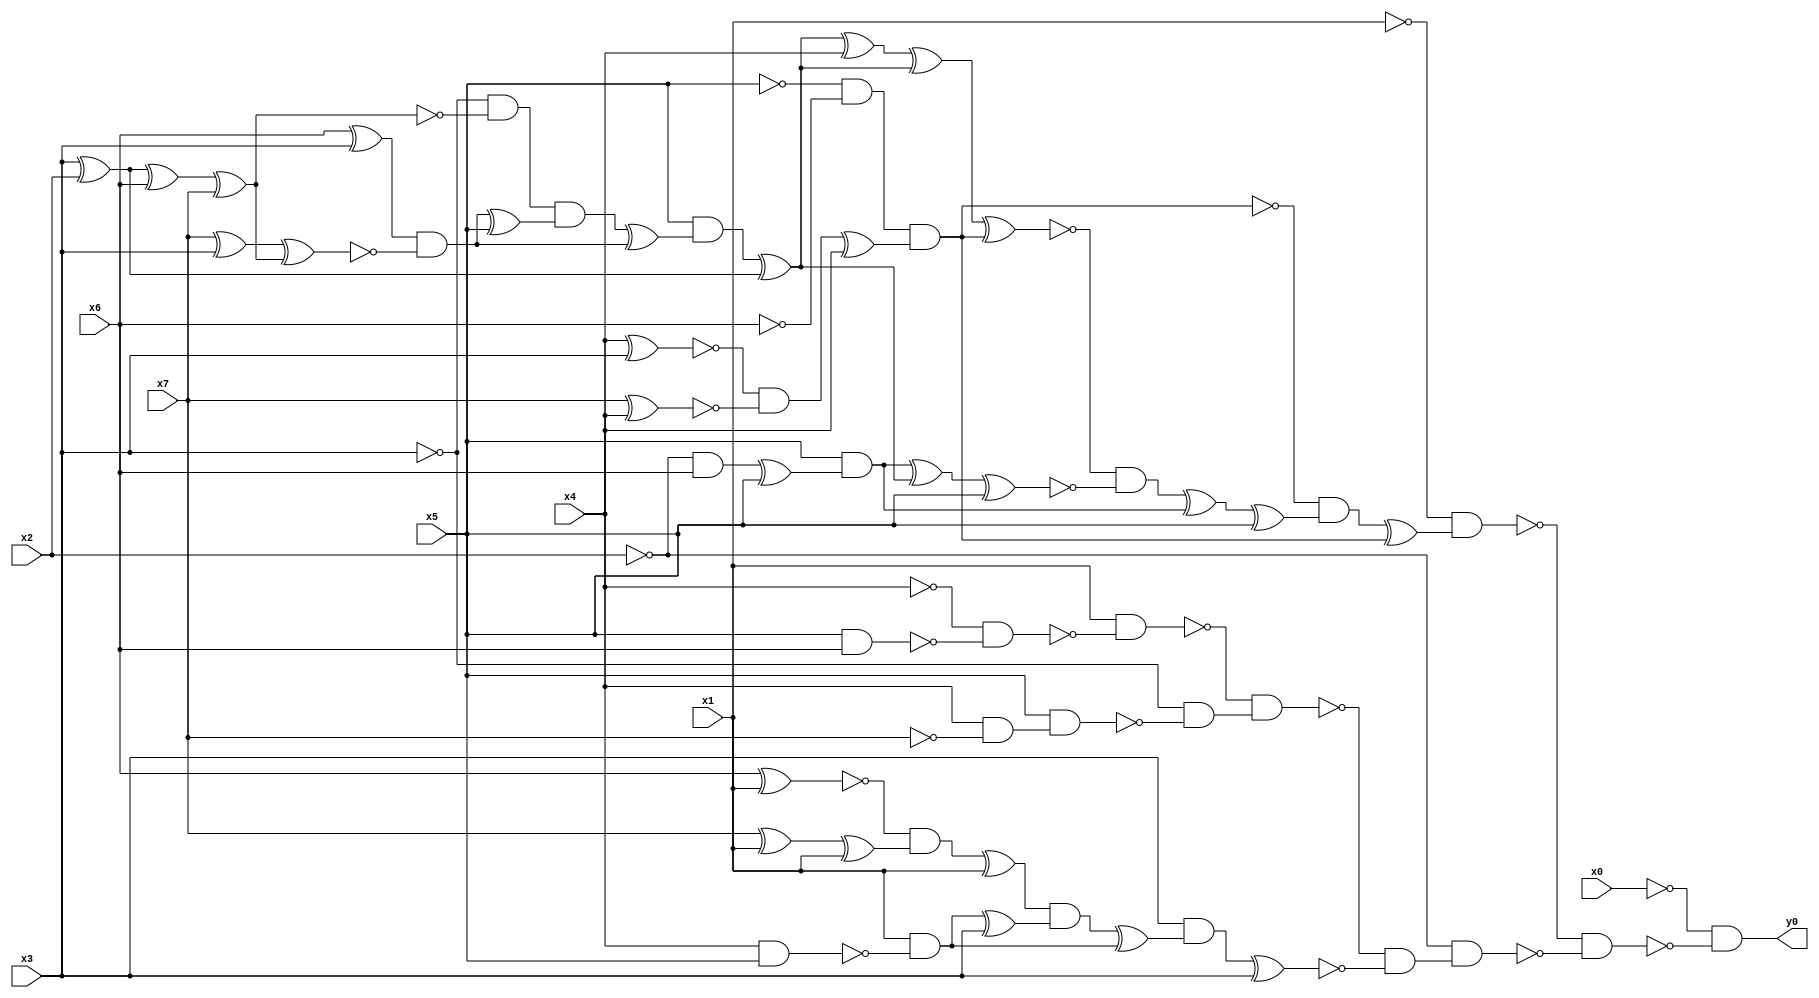
module top( x0 , x1 , x2 , x3 , x4 , x5 , x6 , x7 , y0 );
  input x0 , x1 , x2 , x3 , x4 , x5 , x6 , x7 ;
  output y0 ;
  wire n9 , n10 , n11 , n12 , n13 , n14 , n15 , n16 , n17 , n18 , n19 , n20 , n21 , n22 , n23 , n24 , n25 , n26 , n27 , n28 , n29 , n30 , n31 , n32 , n33 , n34 , n35 , n36 , n37 , n38 , n39 , n40 , n41 , n42 , n43 , n44 , n45 , n46 , n47 , n48 , n49 , n50 , n51 , n52 , n53 , n54 , n55 , n56 , n57 , n58 , n59 , n60 , n61 , n62 , n63 , n64 ;
  assign n9 = ~x5 & ~x6 ;
  assign n10 = x4 ^ x3 ;
  assign n11 = x7 ^ x4 ;
  assign n12 = ~n10 & ~n11 ;
  assign n13 = n12 ^ x4 ;
  assign n14 = n9 & n13 ;
  assign n15 = x3 ^ x2 ;
  assign n16 = n15 ^ x6 ;
  assign n17 = n16 ^ x7 ;
  assign n18 = ~x3 & ~n17 ;
  assign n19 = x6 ^ x3 ;
  assign n20 = x7 ^ x3 ;
  assign n21 = n20 ^ n17 ;
  assign n22 = n19 & ~n21 ;
  assign n23 = n22 ^ x5 ;
  assign n24 = n18 & n23 ;
  assign n25 = n24 ^ n22 ;
  assign n26 = x5 & n25 ;
  assign n27 = n26 ^ n15 ;
  assign n28 = n27 ^ x4 ;
  assign n29 = n28 ^ n27 ;
  assign n30 = n29 ^ n14 ;
  assign n31 = ~x2 & x6 ;
  assign n32 = n31 ^ x5 ;
  assign n33 = x5 & n32 ;
  assign n34 = n33 ^ n27 ;
  assign n35 = n34 ^ x5 ;
  assign n36 = ~n30 & ~n35 ;
  assign n37 = n36 ^ n33 ;
  assign n38 = n37 ^ x5 ;
  assign n39 = ~n14 & n38 ;
  assign n40 = n39 ^ n14 ;
  assign n41 = ~x1 & n40 ;
  assign n42 = x5 & x6 ;
  assign n43 = ~x4 & ~n42 ;
  assign n44 = x1 & ~n43 ;
  assign n45 = x4 & ~x7 ;
  assign n46 = x5 & n45 ;
  assign n47 = ~x3 & ~n46 ;
  assign n48 = ~n44 & n47 ;
  assign n49 = x6 ^ x1 ;
  assign n50 = x7 ^ x1 ;
  assign n51 = n50 ^ x1 ;
  assign n52 = ~n49 & n51 ;
  assign n53 = n52 ^ x1 ;
  assign n54 = x4 & x5 ;
  assign n55 = x1 & ~n54 ;
  assign n56 = n55 ^ x3 ;
  assign n57 = n53 & n56 ;
  assign n58 = n57 ^ n55 ;
  assign n59 = x3 & n58 ;
  assign n60 = n59 ^ x3 ;
  assign n61 = ~n48 & ~n60 ;
  assign n62 = ~x2 & n61 ;
  assign n63 = ~n41 & ~n62 ;
  assign n64 = ~x0 & ~n63 ;
  assign y0 = n64 ;
endmodule